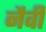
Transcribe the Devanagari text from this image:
नैवी